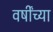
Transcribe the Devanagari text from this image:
वर्षींच्या